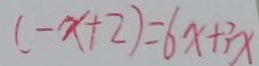
( - x + 2 ) = 6 x + 3 x